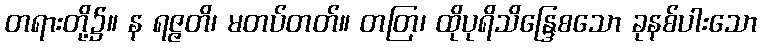
တရားတို့၌။ န ရဇ္ဇတိ၊ မတပ်တတ်။ တတြ၊ ထိုပုရိသိန္ဒြေစသော ခုနစ်ပါးသော